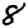
Digit: 8